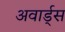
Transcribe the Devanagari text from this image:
अवार्ड्स